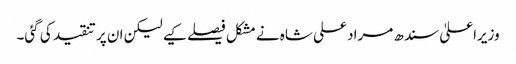
وزیراعلیٰ سندھ مراد علی شاہ نے مشکل فیصلے کیے لیکن ان پر تنقید کی گئی۔